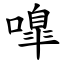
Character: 嘷